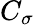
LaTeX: C_{\sigma}